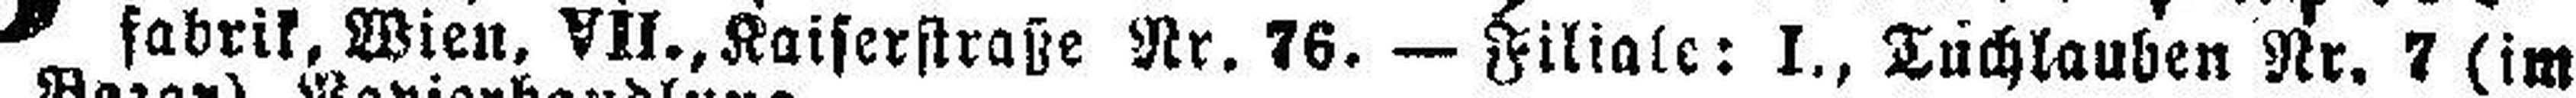
fabrik, Wien, VIl., Kaiserstraße Nr. 76. — Filiale: I., Tuchlauben Nr. 7 (im